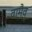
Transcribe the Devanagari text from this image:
वामैव